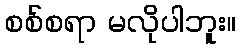
စစ်စရာ မလိုပါဘူး။